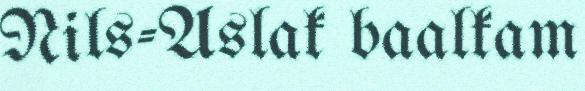
Nils-Aslak baalkam